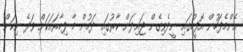
އެންމެފަހުން އޮފީހުގައި ނީދެވިގެން ޖައިދަން ކާރުގައި ދަމުން މާ ފިހާރައަކަށް ވަދެ ނިކަން